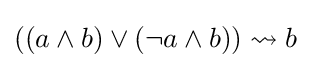
((a\land b)\lor (\lnot a\land b))\rightsquigarrow b